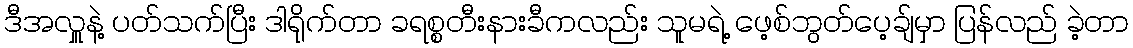
ဒီအလှူနဲ့ ပတ်သက်ပြီး ဒါရိုက်တာ ခရစ္စတီးနားခီကလည်း သူမရဲ့ ဖေ့စ်ဘွတ်ပေ့ချ်မှာ ပြန်လည် ခဲ့တာ